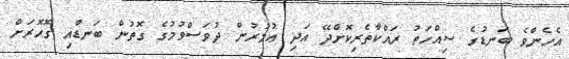
އެހެންވެ ބަނޑުގެ ސިއްހަތު ރައްކާތެރިކޮށްދޭ އަދި ޢުމުރުން ދުވަސްވުމުގެ ގޮތުން ބަނޑާއި ގޮހޮރަށް